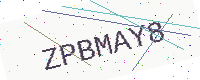
Text: ZPBMAY8